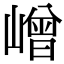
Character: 嶒